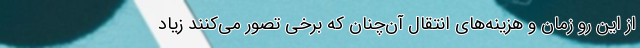
از اين رو زمان و هزينه‌هاي انتقال آن‌چنان كه برخي تصور مي‌كنند زياد